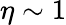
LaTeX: \eta\sim 1